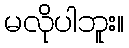
မလိုပါဘူး။